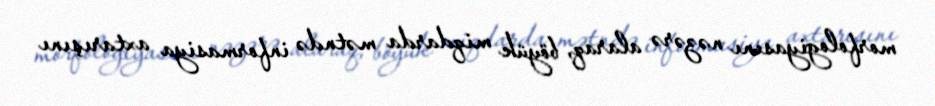
morfologiyasını nəzərə alaraq, böyük miqdarda mətndə informasiya axtarışını